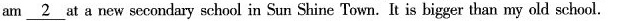
am \underline{2} at a new secondary school in Sun Shine Town. It is bigger than my old school.